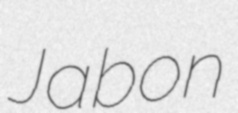
Jabon